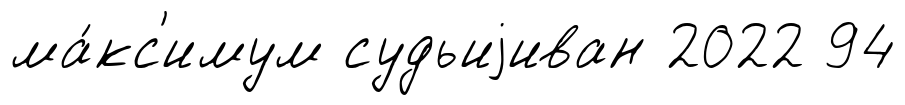
ма́кс'имум судьиjиван 2022 94